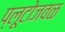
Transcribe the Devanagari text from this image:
प्लूटोजवळ